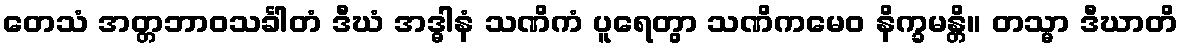
တေသံ အတ္တဘာဝသင်္ခါတံ ဒီဃံ အဒ္ဓါနံ သဏိကံ ပူရေတွာ သဏိကမေဝ နိက္ခမန္တိ။ တသ္မာ ဒီဃာတိ